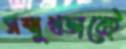
সম্মুখভাবেই